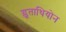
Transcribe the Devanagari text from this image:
ग्लूताथियोन